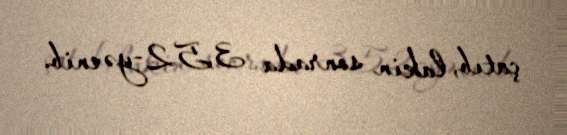
çatıb, lakin sonrada 3,52-yə enib.